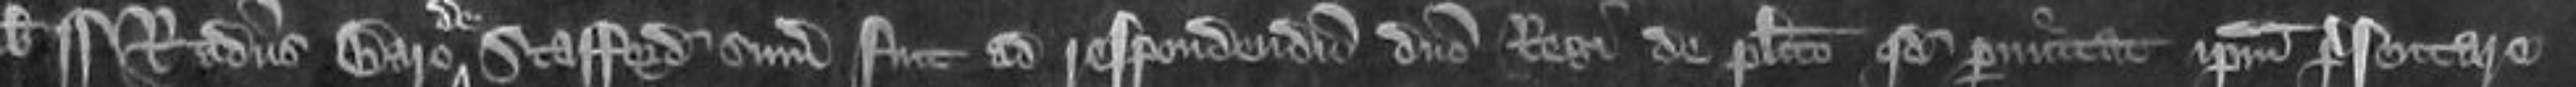
¶Radulphus Baro Stafford summonitus fuit ad respondendum domino Regi de placito quod permittat ipsum presentare